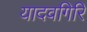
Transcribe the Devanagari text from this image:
यादवगिरि